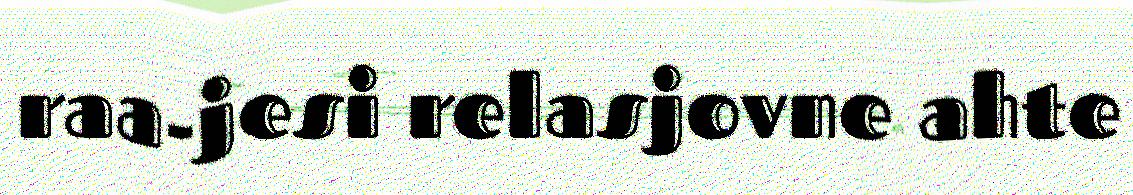
raa-jesi relasjovne ahte